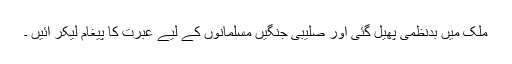
ملک میں بدنظمی پھیل گئی اور صلیبی جنگیں مسلمانوں کے لیے عبرت کا پیغام لیکر آئیں ۔